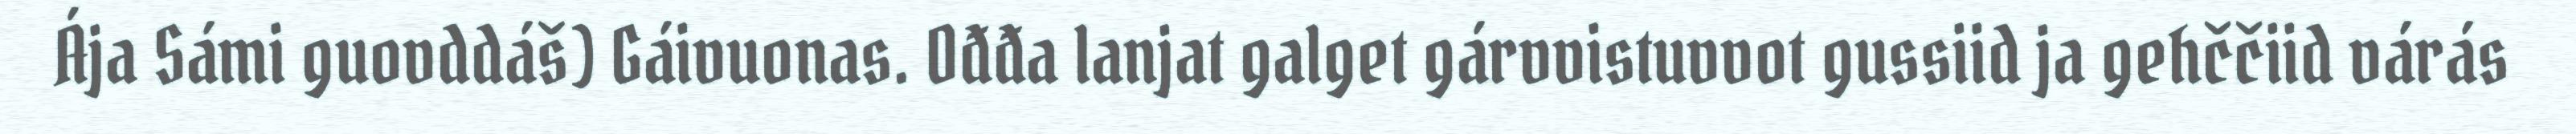
Ája Sámi guovddáš) Gáivuonas. Ođđa lanjat galget gárvvistuvvot gussiid ja gehččiid várás